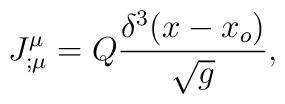
J^\mu_{; \mu}= Q{\delta^3(x-x_o)\over\sqrt g},